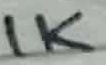
Text: 1K